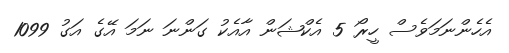
އެހެންނަމަވެސް ހީރޯ 5 އެކްޝަން އާއެކު ގަންނަ ނަމަ އޭގެ އަގު 1099